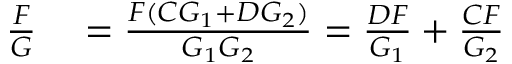
\begin{array} { r l } { { \frac { F } { G } } } & { { } = { \frac { F ( C G _ { 1 } + D G _ { 2 } ) } { G _ { 1 } G _ { 2 } } } = { \frac { D F } { G _ { 1 } } } + { \frac { C F } { G _ { 2 } } } } \end{array}